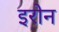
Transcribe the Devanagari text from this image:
इरोन